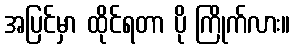
အပြင်မှာ ထိုင်ရတာ ပို ကြိုက်လား။